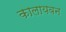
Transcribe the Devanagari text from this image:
कालायवन